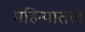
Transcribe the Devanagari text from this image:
महिन्यातले